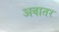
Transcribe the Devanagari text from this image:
अवातर